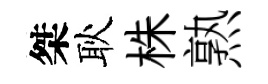
桀耿株熟